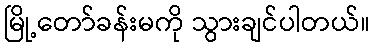
မြို့တော်ခန်းမကို သွားချင်ပါတယ်။